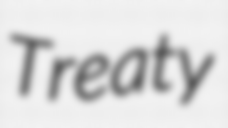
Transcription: Treaty